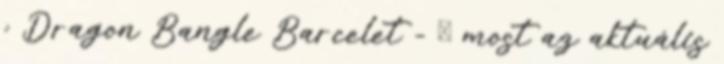
: Dragon Bangle Barcelet - Ő most az aktuális